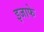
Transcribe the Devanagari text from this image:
इजाफे